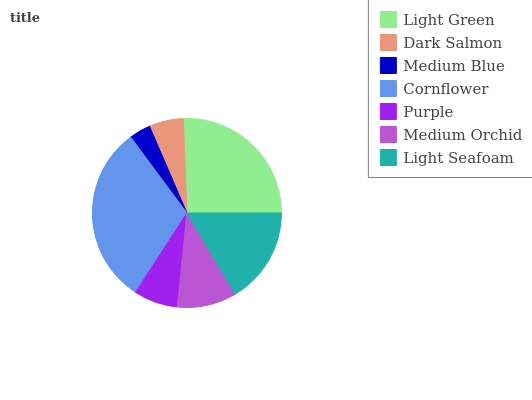
| Light Green | Dark Salmon | Medium Blue | Cornflower | Purple | Medium Orchid | Light Seafoam |
 | --- | --- | --- | --- | --- | --- | --- |
 | 25.6% | 5.87% | 3.68% | 30.7% | 7.53% | 10.2% | 16.4% |